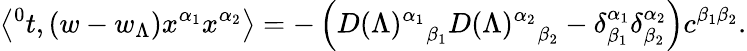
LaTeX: \left\langle{^0t},\left(w-w_{\Lambda}\right)x^{\alpha_{1}}x^{\alpha_{2}}\right\rangle=-\left({D(\Lambda)^{\alpha_{1}}}_{\beta_{1}}{D(\Lambda)^{\alpha_{2}}}_{\beta_{2}}-\delta_{\beta_{1}}^{\alpha_{1}}\delta_{\beta_{2}}^{\alpha_{2}}\right)c^{\beta_{1}\beta_{2}}.